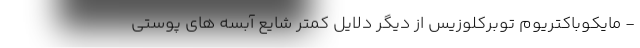
- مایکوباکتریوم توبرکلوزیس از دیگر دلایل کمتر شایع آبسه های پوستی